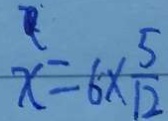
x = 6 \times \frac { 5 } { 1 2 }